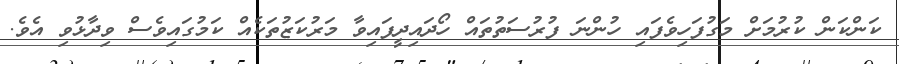
ކަންކަން ކުރުމަށް މަގުފަހިވެފައި ހުންނަ ފުރުސަތުތައް ހޯދައިދީފައިވާ މަރުކަޒުތަކެއް ކަމުގައިވެސް ވިދާޅުވި އެވެ.